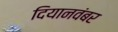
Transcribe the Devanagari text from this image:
दियानवंबर